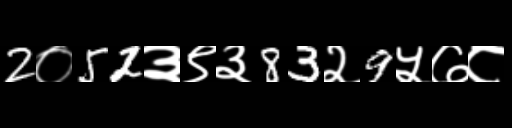
Text: 2०52३९३83२9५७८